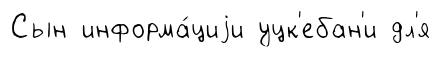
Сын информа́циjи уцк'ебан'и дл'я